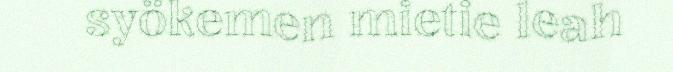
syökemen mietie leah